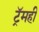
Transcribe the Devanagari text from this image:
ट्रॅमही